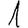
Digit: 1